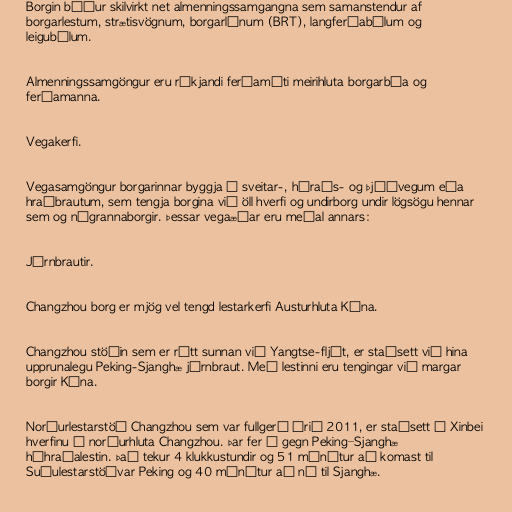
Borgin býður skilvirkt net almenningssamgangna sem samanstendur af
borgarlestum, strætisvögnum, borgarlínum (BRT), langferðabílum og
leigubílum.

Almenningssamgöngur eru ríkjandi ferðamáti meirihluta borgarbúa og
ferðamanna.

Vegakerfi.

Vegasamgöngur borgarinnar byggja á sveitar-, héraðs- og þjóðvegum eða
hraðbrautum, sem tengja borgina við öll hverfi og undirborg undir lögsögu hennar
sem og nágrannaborgir. Þessar vegaæðar eru meðal annars:

Járnbrautir.

Changzhou borg er mjög vel tengd lestarkerfi Austurhluta Kína.

Changzhou stöðin sem er rétt sunnan við Yangtse-fljót, er staðsett við hina
upprunalegu Peking-Sjanghæ járnbraut. Með lestinni eru tengingar við margar
borgir Kína.

Norðurlestarstöð Changzhou sem var fullgerð árið 2011, er staðsett í Xinbei
hverfinu í norðurhluta Changzhou. Þar fer í gegn Peking–Sjanghæ
háhraðalestin. Það tekur 4 klukkustundir og 51 mínútur að komast til
Suðulestarstöðvar Peking og 40 mínútur að ná til Sjanghæ.